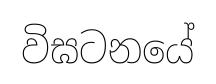
විඝටනයේ